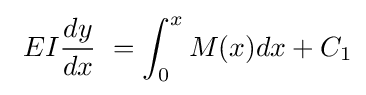
\ EI{dy \over dx}\ =\int _{0}^{x}M(x)dx+C_{1}